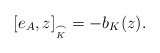
\begin{align*} [e_A, z]_{\underset{K}{\frown}}=-b_K(z).\end{align*}